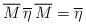
LaTeX: \begin{align*}\overline{M}\,\overline{\eta }\,\overline{M}=\overline{\eta }\end{align*}